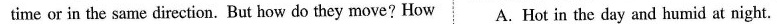
time or in the same direction. But how do they move? How A. Hot in the day and humid at night.